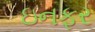
ઇનફર